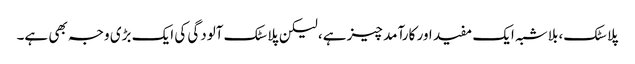
پلاسٹک، بلاشبہ ایک مفید اور کارآمد چیز ہے، لیکن پلاسٹک آلودگی کی ایک بڑی وجہ بھی ہے۔